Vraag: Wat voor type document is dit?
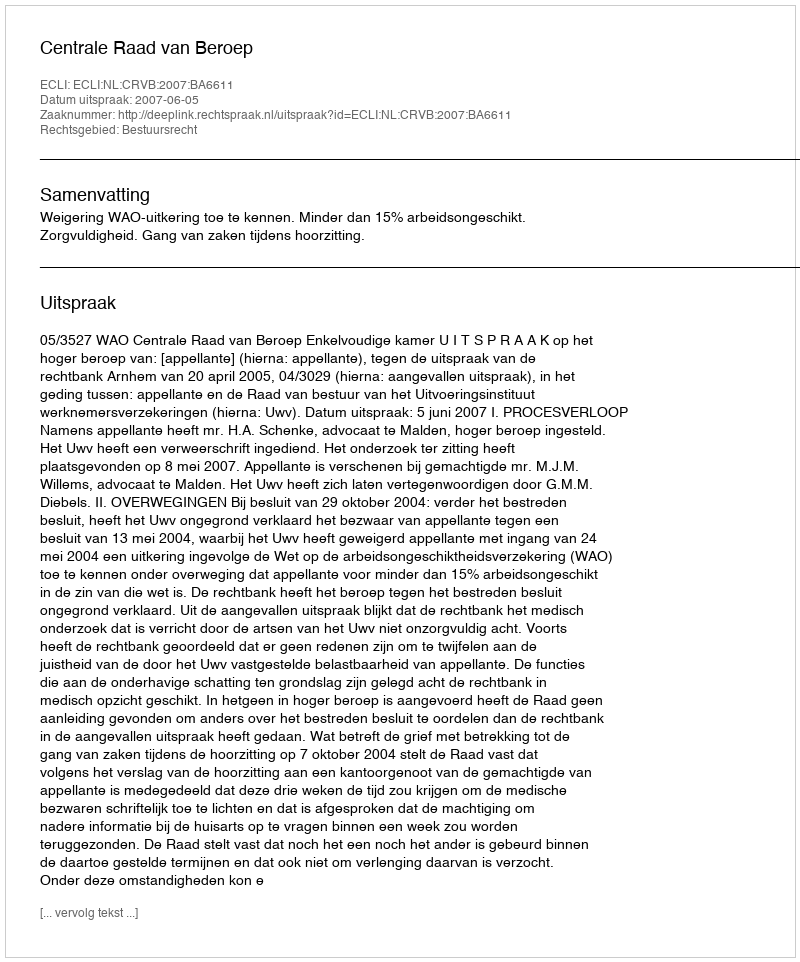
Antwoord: Uitspraak